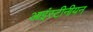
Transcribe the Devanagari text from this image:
आइंस्टीनीयन